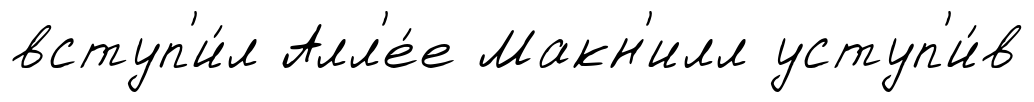
вступ'и́л Алл'е́е Макн'илл уступ'и́в